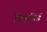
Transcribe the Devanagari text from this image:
स्किनिर्ड